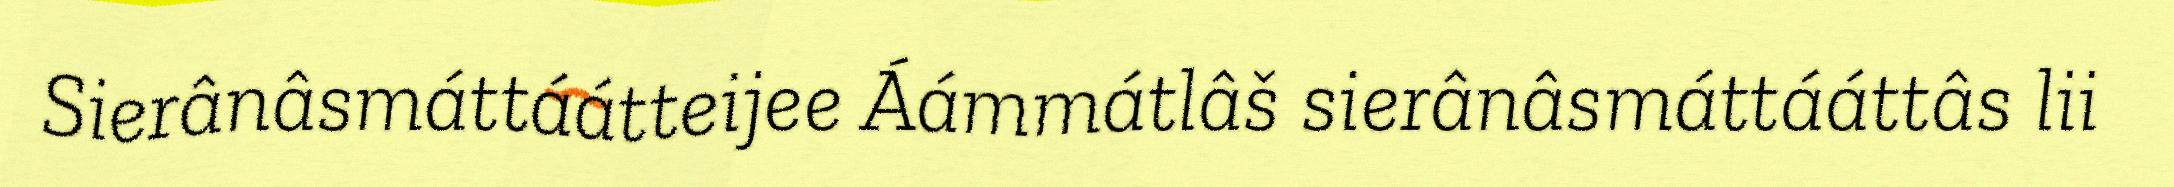
Sierânâsmáttáátteijee Áámmátlâš sierânâsmáttááttâs lii